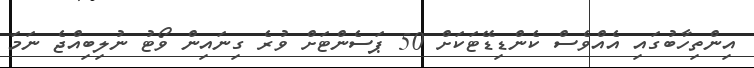
އިންތިހާބުގައި އެއްވެސް ކެންޑިޑޭޓަކަށް 50 ޕަސެންޓަށް ވުރެ ގިނައިން ވޯޓު ނުލިބިއްޖެ ނަމަ